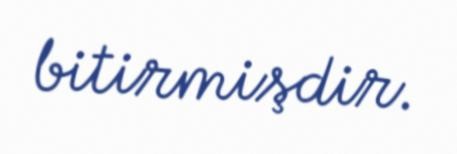
bitirmişdir.